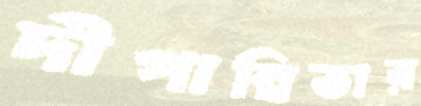
দীপান্বিতার